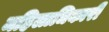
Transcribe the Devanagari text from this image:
महिलाधिकारी